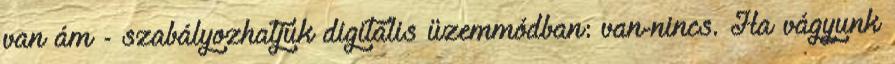
van ám - szabályozhatjuk digitális üzemmódban: van-nincs. Ha vágyunk